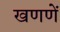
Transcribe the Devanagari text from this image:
खणणें